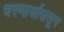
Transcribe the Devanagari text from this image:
चरणार्धापासून